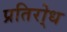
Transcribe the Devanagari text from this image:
प्रतिरो्ध